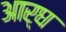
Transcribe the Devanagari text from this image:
आर्घ